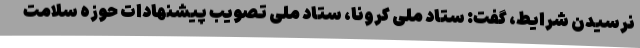
نرسیدن شرایط، گفت: ستاد ملی کرونا، ستاد ملی تصویب پیشنهادات حوزه سلامت